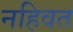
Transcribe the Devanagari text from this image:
नहिवत